Calcutta medical institutions reports 1871-78
Year: 1871
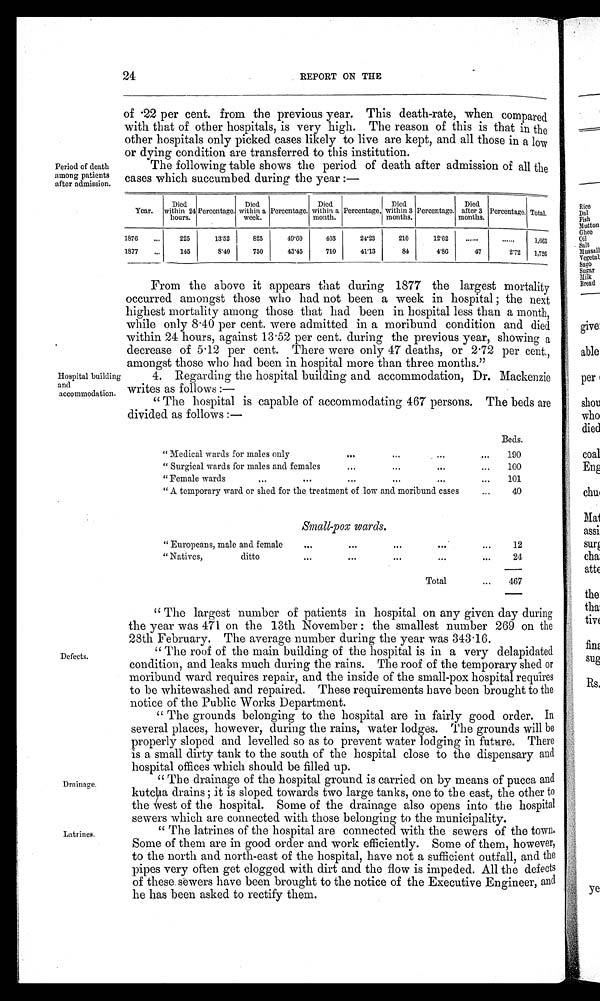
Period of death
among patients
after admission.
24
REPORT ON THE
of ·22 per cent. from the previous year. This death-rate, when compared
with that of other hospitals, is very high. The reason of this is that in the
other hospitals only picked cases likely to live are kept, and all those in a low
or dying condition are transferred to this institution.
The following table shows the period of death after admission of all the
cases which succumbed during the year:—
Year.
Die d w i t h i n
2 4 h o u r s .
Percentage.
Died
within a
week.
Percentage.
Died
within a
month.
Percentage.
Died
within 3
months.
Percentage.
Died
after 3
months.
Percentage. Total.
1876
...
225
13·52
825
49·60
403
24·23
210
12·62
. . . . . .
. . . . . . 1,663
1877
...
145
8·40
750
43·45
710
41·13
84
4·86
47
2·72
1,726
Hospital building
and
accommodation.
From the above it appears that during 1877 the largest mortality
occurred amongst those who had not been a week in hospital; the next
highest mortality among those that had been in hospital less than a month,
while only 8·40 per cent. were admitted in a moribund condition and died
within 24 hours, against 13·52 per cent. during the previous year, showing a
decrease of 5·12 per cent. There were only 47 deaths, or 2·72 per cent.,
amongst those who had been in hosbital more than three months."
4. Regarding the hospital building and accommodation, Dr. Mackenzie
writes as follows:
—
"The hospital is capable of accommodating 467 persons. The beds are
divided as follows:—
Beds.
"Medical wards for males only
...
... ...
...
190
"Surgical wards for males and female
...
... ...
. . .
100
"Female wards ...
. . .
. . .
. . .
. . .
. . .
101
"A temporary ward or shed for the treatment of low and moribund cases
...
40
Small-pox wards.
" Europeans, male and female
. . .
. . .
. . .
. . .
. . .
12
"Natives, ditto
...
...
...
...
...
24
Total
...
467
Defects.
Drainage.
Latrines.
"The largest number of patients in hospital on any given day during
the year was 471 on the 13th November: the smallest number 269 on the
28th February. The average number during the year was 343·16.
"The roof of the main building of the hospital is in a very delapidated
condition, and leaks much during the rains. The roof of the temporary shed or
moribund ward requires repair, and the inside of the small-pox hospital requires
to be whitewashed and repaired. These requirements have been brought to the
notice of the Public Works Department.
"The grounds belonging to the hospital are in fairly good order. In
several places, however, during the rains, water lodges. The grounds will be
properly sloped and levelled so as to prevent water lodging in future. There
is a small dirty tank to the south of the hospital close to the dispensary and
hospital offices which should be filled up.
"The drainage of the hospital ground is carried on by means of pucca and
kut c ha dr a i ns ; i t i s s l ope d t owa r ds t wo l a r ge t a nks , one t o t he e a s t , t he ot he r t o
the west of the hospital. Some of the drainage also opens into the hospital
sewers which are connected with those belonging to the municipality.
"The latrines of the hospital are connected with the sewers of the town.
Some of them are in good order and work efficiently. Some of them, however,
to the north and north-east of the hospital, have not a sufficient outfall, and the
pipes very often get clogged with dirt and the flow is impeded. All the defects
of these sewers have been brought to the notice of the Executive Engineer, and
he has been asked to rectify them.